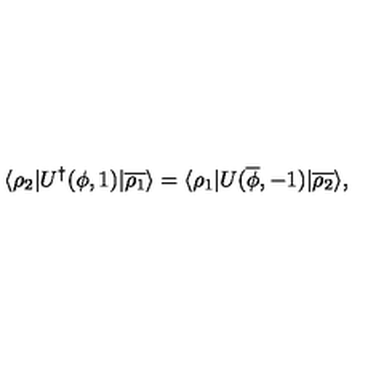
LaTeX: \langle \rho _ { 2 } | U ^ { \dagger } ( \phi , 1 ) | \overline { { \rho _ { 1 } } } \rangle = \langle \rho _ { 1 } | U ( \overline { \phi } , - 1 ) | \overline { { \rho _ { 2 } } } \rangle ,